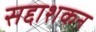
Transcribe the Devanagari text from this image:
सद्दाशकन